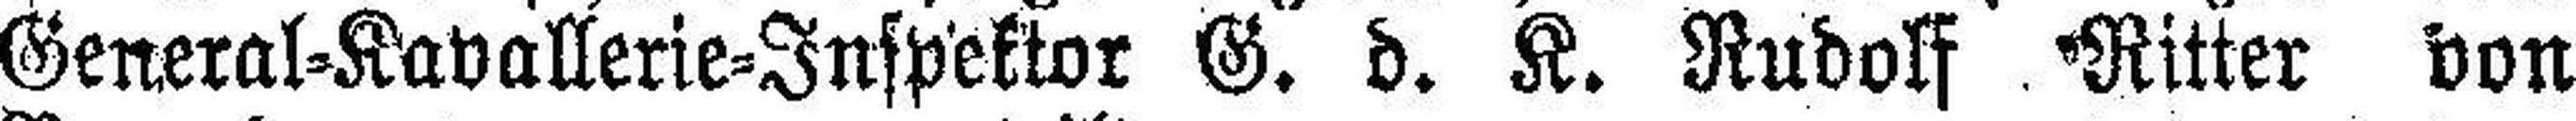
General=Kavallerie-Inspektor G. d. K. Rudolf Ritter von